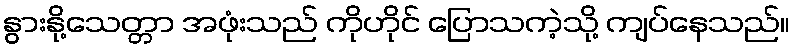
နွားနို့သေတ္တာ အဖုံးသည် ကိုဟိုင် ပြောသကဲ့သို့ ကျပ်နေသည်။